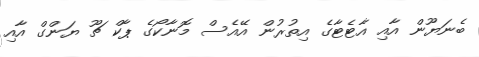
ބެނަޔޫން އާއި އާޓެޓާގެ އިތުރުން އޭއެސް މޮނާކޯގެ ޕާކް ޗޫ ޔަންގް އާއި